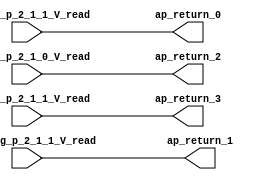
// ==============================================================
// RTL generated by Vivado(TM) HLS - High-Level Synthesis from C, C++ and SystemC
// Version: 2016.2
// Copyright (C) 1986-2016 Xilinx, Inc. All Rights Reserved.
// 
// ===========================================================

`timescale 1 ns / 1 ps 

module sp_find_segment_n1_62 (
        ph_seg_p_2_1_1_V_read,
        th_seg_p_2_1_0_V_read,
        th_seg_p_2_1_1_V_read,
        cpat_seg_p_2_1_1_V_read,
        ap_return_0,
        ap_return_1,
        ap_return_2,
        ap_return_3
);


input  [11:0] ph_seg_p_2_1_1_V_read;
input  [6:0] th_seg_p_2_1_0_V_read;
input  [6:0] th_seg_p_2_1_1_V_read;
input  [3:0] cpat_seg_p_2_1_1_V_read;
output  [11:0] ap_return_0;
output  [3:0] ap_return_1;
output  [6:0] ap_return_2;
output  [6:0] ap_return_3;

assign ap_return_0 = ph_seg_p_2_1_1_V_read;

assign ap_return_1 = cpat_seg_p_2_1_1_V_read;

assign ap_return_2 = th_seg_p_2_1_0_V_read;

assign ap_return_3 = th_seg_p_2_1_1_V_read;

endmodule //sp_find_segment_n1_62